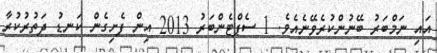
އައި ނަމްބަރު ބޭނުންކުރެވޭނެއެވެ. 1 ސެޕްޓެންބަރު 2013 އިން ފެށިގެން ކަނޑު ދަތުރުކުރާ